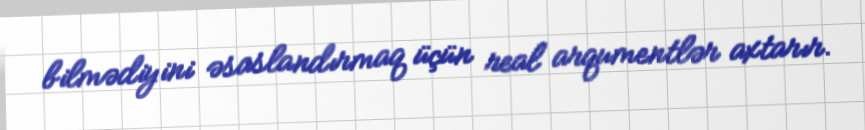
bilmədiyini əsaslandırmaq üçün real arqumentlər axtarır.